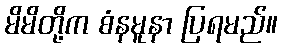
မိမိတို့က စံနမူနာ ပြရမည်။